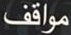
مواقف